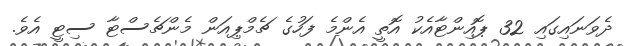
ދެވަނައިގައި 32 ޕޮއިންޓާއެކު އޮތީ އެންމެ ފަހުގެ ޗެމްޕިއަން މެންޗެސްޓާ ސިޓީ އެވެ.